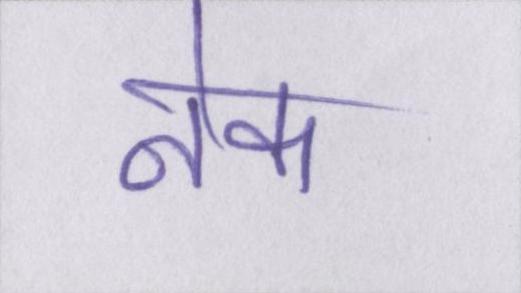
नेक